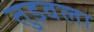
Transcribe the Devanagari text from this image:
तुडवला